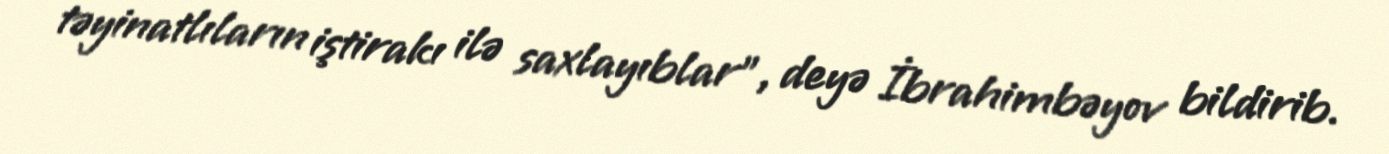
təyinatlıların iştirakı ilə saxlayıblar”, deyə İbrahimbəyov bildirib.